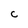
Character: c